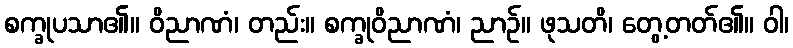
စက္ခုပသာ၏။ ဝိညာဏံ၊ တည်း။ စက္ခုဝိညာဏံ၊ ညာဉ်။ ဖုသတိ၊ တွေ့တတ်၏။ ဝါ၊